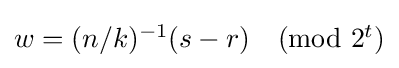
{\textstyle w=(n/k)^{-1}(s-r){\pmod {2^{t}}}}